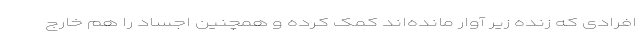
افرادی که زنده زیر آوار مانده‌اند کمک کرده و همچنین اجساد را هم خارج